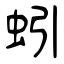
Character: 蚓